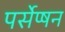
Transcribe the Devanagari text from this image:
पर्सेप्षन